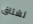
تشتاق